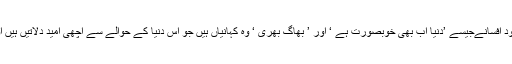
انہوں نے کہا کہ اس کتاب میں موجود افسانےجیسے ’دنیا اب بھی خوبصورت ہے ‘ اور ’ بھاگ بھری ‘ وہ کہانیاں ہیں جو اس دنیا کے حوالے سے اچھی امید دلاتیں ہیں اور زندگی کا مقصد فراہم کرتی ہیں ۔